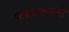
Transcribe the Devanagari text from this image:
फाळक्यांनी